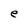
Character: e